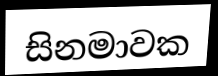
සිනමාවක